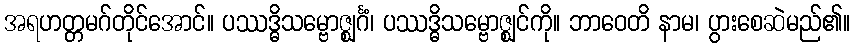
အရဟတ္တမဂ်တိုင်အောင်။ ပဿဒ္ဓိသမ္ဗောဇ္ဈင်္ဂံ၊ ပဿဒ္ဓိသမ္ဗောဇ္ဈင်ကို။ ဘာဝေတိ နာမ၊ ပွားစေဆဲမည်၏။